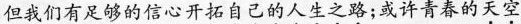
但我们有足够的信心开拓自己的人生之路；或许青春的天空